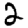
Digit: 2